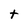
Character: t